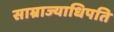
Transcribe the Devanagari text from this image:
साम्राज्याधिपति